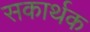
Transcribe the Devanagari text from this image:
सकार्थक